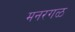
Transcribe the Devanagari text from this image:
मनरगळ